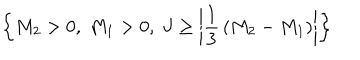
LaTeX: \left\{ M _ { 2 } > 0 , ~ M _ { 1 } > 0 , ~ J \ge \left| { \frac { 1 } { 3 } } \left( M _ { 2 } - M _ { 1 } \right) \right| \right\}